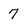
Character: 7